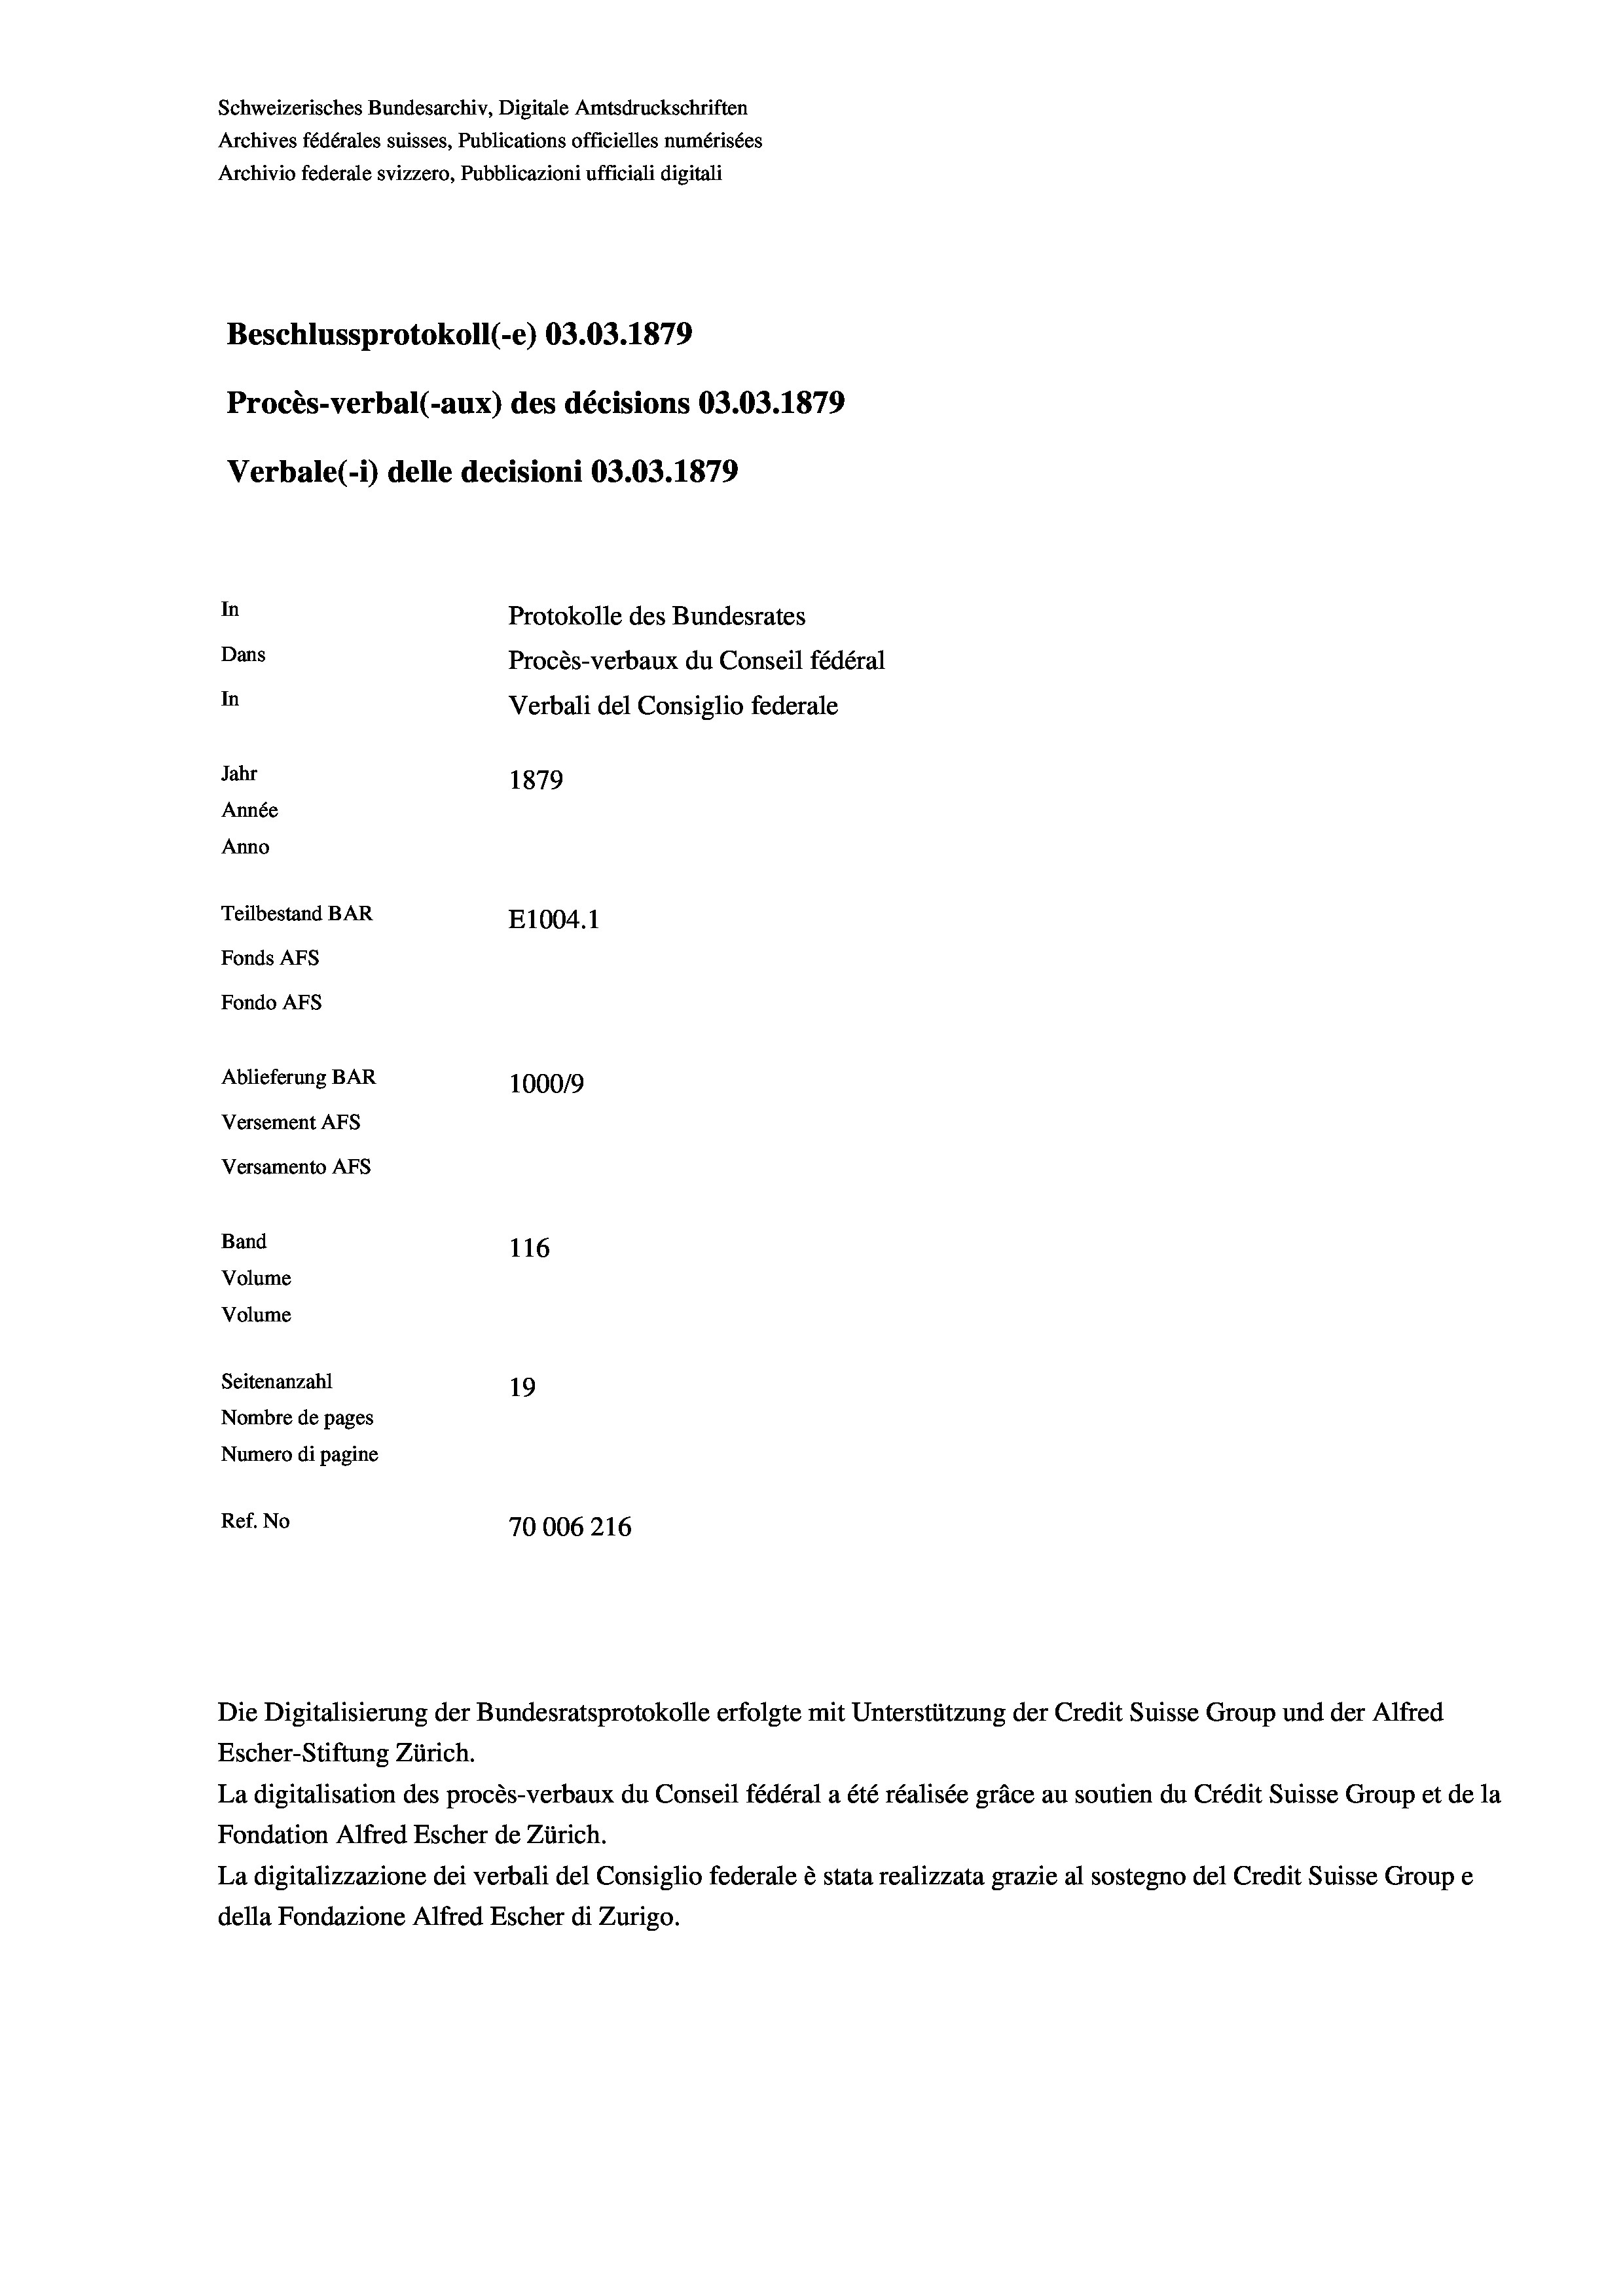
Schweizerisches Bundesarchiv, Digitale Amtsdruckschriften
Archives fédérales suisses, Publications officielles numérisées
Archivio federale svizzero, Pubblicazioni ufficiali digitali
Beschlussprotokoll (-e) 03.03. 1879
Procès-verbal (-aux) des décisions 03.03. 1879
Verbale (- 1) delle decisioni 03.03. 1879
In
Protokolle des Bundesrates
Dans
Procès-verbaux du Conseil fédéral
In
Verbali del Consiglio federale
Jahr
1879
Année
Anno
Teilbestand BAR
E1004. 1
Fonds Afs
Fondo AFs
Ablieferung BAR
1000/9
Versement Abs
Versamento Afs
Band
116
Volume
Volume

Seitenanzahl
19
Nombre de pages
Numero di pagine
Ref. No
70006216

Escher-Stiftung Zürich.
La digitalisation des procès-verbaux du Conseil fédéral a été réalisée gräce au soutien du Crédit Suisse Group et de la
Fondation Alfred Escher de Zürich.
La digitalizzazione dei verbali del Consiglio federale è stata realizzata grazie al sostegno del Credit Suisse Groupe
della Fondazione Alfred Escher di Zurigo.

Die Digitalisierung der Bundesratsprotokolle erfolgte mit Unterstützung der Credit Suisse Group und der Alfred